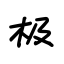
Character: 极